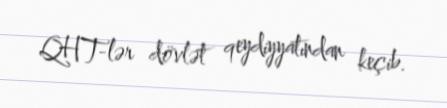
QHT-lər dövlət qeydiyyatından keçib.